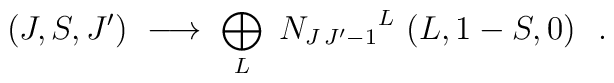
(J,S,J')\ \longrightarrow\ \bigoplus_{L}\ {N_{J\,J'-1}}^{L}\ (L,1-S,0)\ \ .